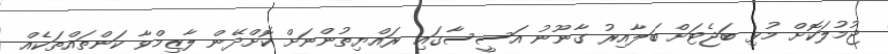
ޖުމުލަކޮށް މުޅި ބަޖެޓަށް ބަލާއިރު ގާނޫނު އަސީސާގައި ރައްޔިތުންނަށް ކޮށްދޭން ލާޒިމްވާ ކަންތައްތަކެއް